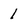
Character: 1